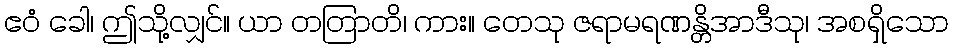
ဧဝံ ခေါ၊ ဤသို့လျှင်။ ယာ တတြာတိ၊ ကား။ တေသု ဇရာမရဏန္တိအာဒီသု၊ အစရှိသော